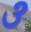
૩